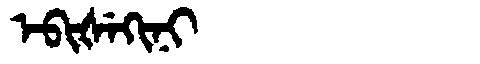
Manchu: ᡝᠪᡳᡧᡝᡴᡳᠨᡳ
Romanization: EBIŠEKINI